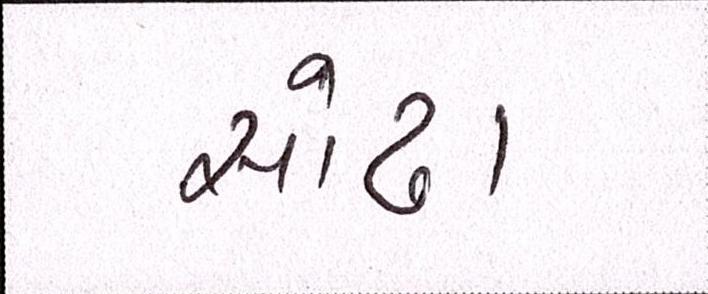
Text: સોઢા